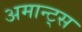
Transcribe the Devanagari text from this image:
अमान्ट्स